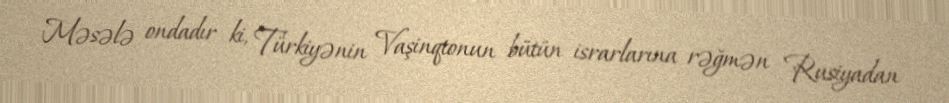
Məsələ ondadır ki, Türkiyənin Vaşinqtonun bütün israrlarına rəğmən Rusiyadan